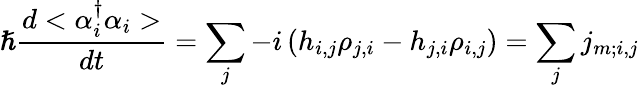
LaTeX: {\hslash}\frac{d<{\alpha}_{i}^{{\dagger}}{\alpha}_{i}>}{dt}=\sum_{j}{-i\left(h_{i,j}{\rho}_{j,i}-h_{j,i}{\rho}_{i,j}\right)}=\sum_{j}{j_{m;i,j}}